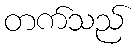
တက်သည်